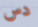
دس